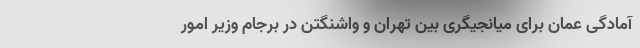
آمادگی عمان برای میانجیگری بین تهران و واشنگتن در برجام وزیر امور